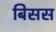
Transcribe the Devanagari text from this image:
बिसस